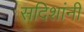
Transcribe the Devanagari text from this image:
सदिशांनी